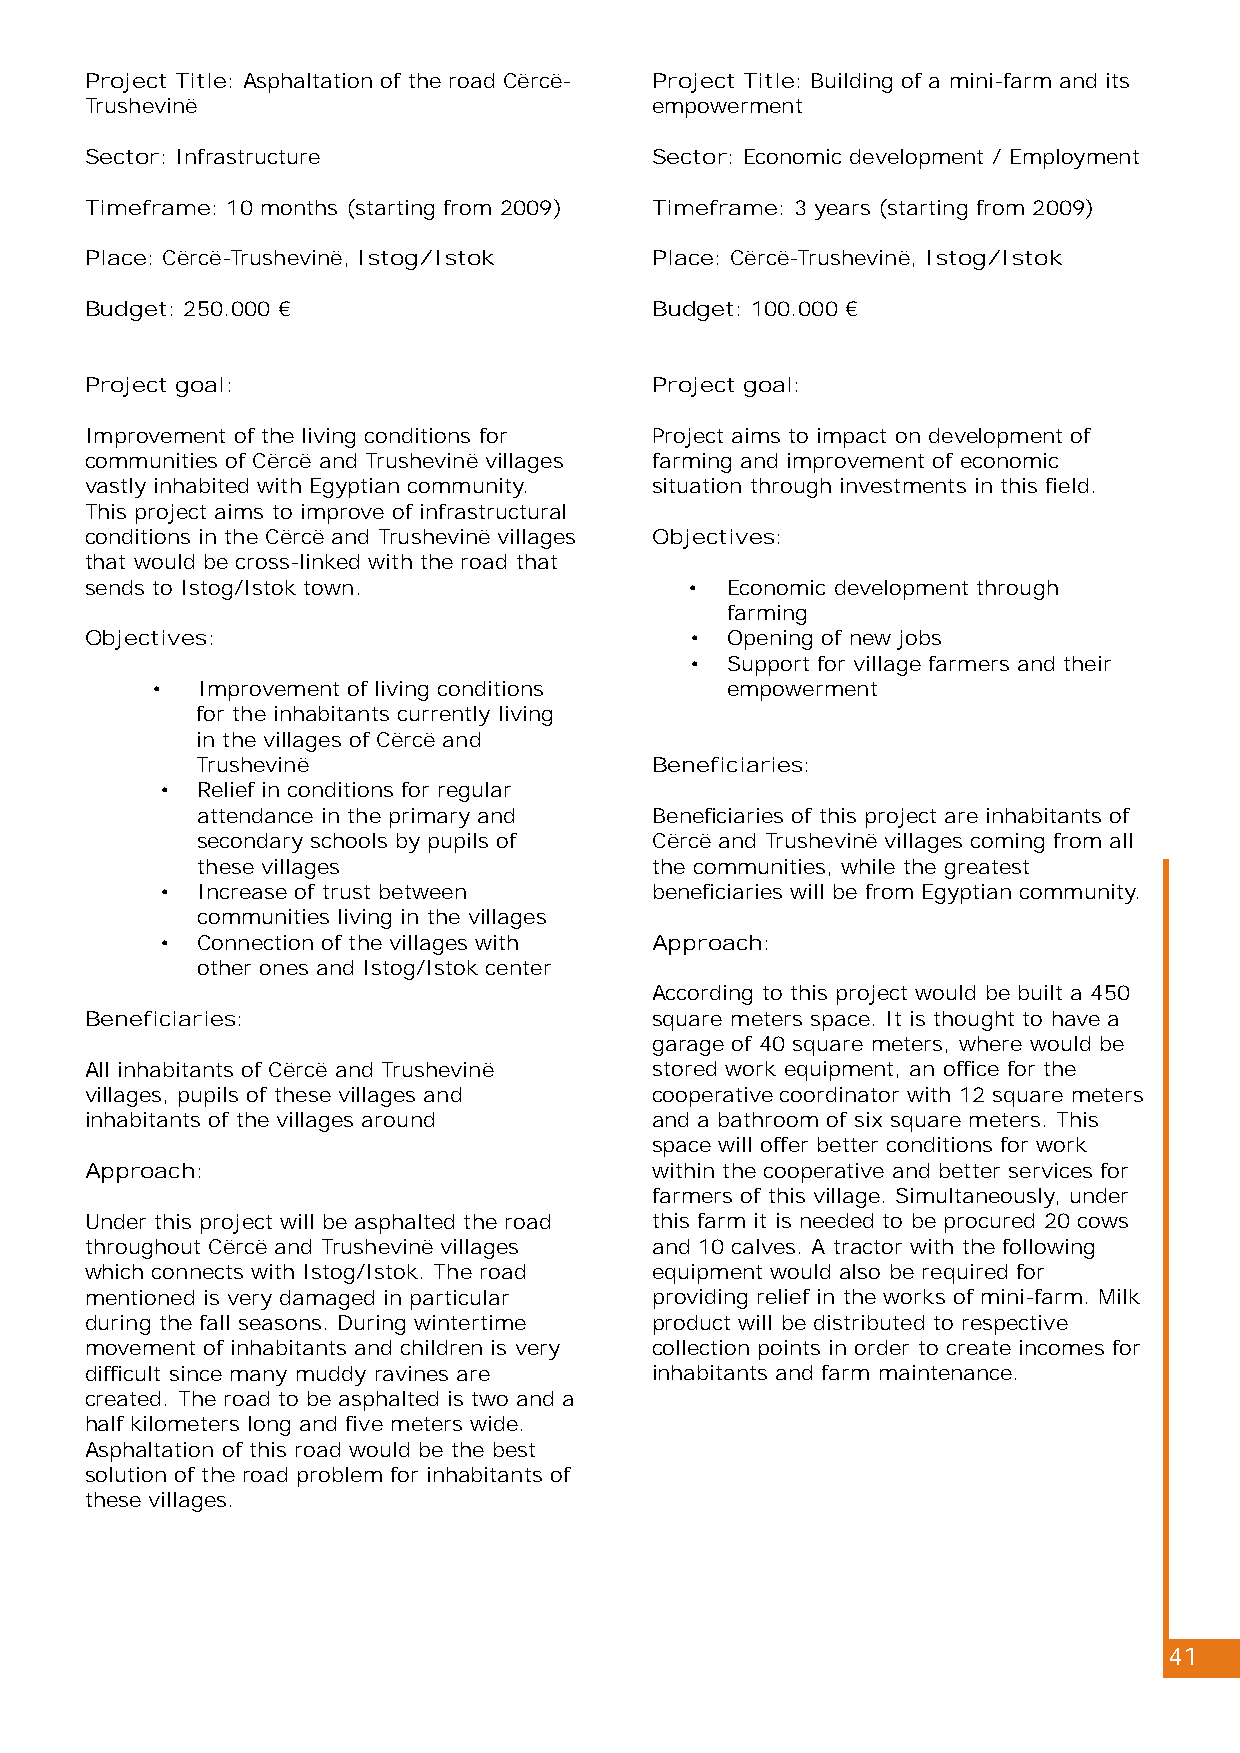
Project Title: Asphaltation of the road Cërcë- Project Title: Building of a mini-farm and its
 Trushevinë                           empowerment
 Sector: Infrastructure               Sector: Economic development / Employment
 Timeframe: 10 months (starting from 2009) Timeframe: 3 years (starting from 2009)
 Place: Cërcë-Trushevinë, Istog/Istok Place: Cërcë-Trushevinë, Istog/Istok
 Budget: 250.000 €                    Budget: 100.000 €
 Project goal:                        Project goal:
 Improvement of the living conditions for Project aims to impact on development of
 communities of Cërcë and Trushevinë villages farming and improvement of economic
 vastly inhabited with Egyptian community. situation through investments in this field.
 This project aims to improve of infrastructural
 conditions in the Cërcë and Trushevinë villages Objectives:
 that would be cross-linked with the road that
 sends to Istog/Istok town.              • Economic development through
 farming
 Objectives:                             • Opening of new jobs
 • Support for village farmers and their
 •  Improvement of living conditions   empowerment
 for the inhabitants currently living
 in the villages of Cërcë and
 Trushevinë                    Beneficiaries:
 • Relief in conditions for regular
 attendance in the primary and Beneficiaries of this project are inhabitants of
 secondary schools by pupils of Cërcë and Trushevinë villages coming from all
 these villages                the communities, while the greatest
 • Increase of trust between     beneficiaries will be from Egyptian community.
 communities living in the villages
 • Connection of the villages with Approach:
 other ones and Istog/Istok center
 According to this project would be built a 450
 Beneficiaries:                       square meters space. It is thought to have a
 garage of 40 square meters, where would be
 All inhabitants of Cërcë and Trushevinë stored work equipment, an office for the
 villages, pupils of these villages and cooperative coordinator with 12 square meters
 inhabitants of the villages around   and a bathroom of six square meters. This
 space will offer better conditions for work
 Approach:                            within the cooperative and better services for
 farmers of this village. Simultaneously, under
 Under this project will be asphalted the road this farm it is needed to be procured 20 cows
 throughout Cërcë and Trushevinë villages and 10 calves. A tractor with the following
 which connects with Istog/Istok. The road equipment would also be required for
 mentioned is very damaged in particular providing relief in the works of mini-farm. Milk
 during the fall seasons. During wintertime product will be distributed to respective
 movement of inhabitants and children is very collection points in order to create incomes for
 difficult since many muddy ravines are inhabitants and farm maintenance.
 created. The road to be asphalted is two and a
 half kilometers long and five meters wide.
 Asphaltation of this road would be the best
 solution of the road problem for inhabitants of
 these villages.
 41